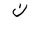
Letter: _non